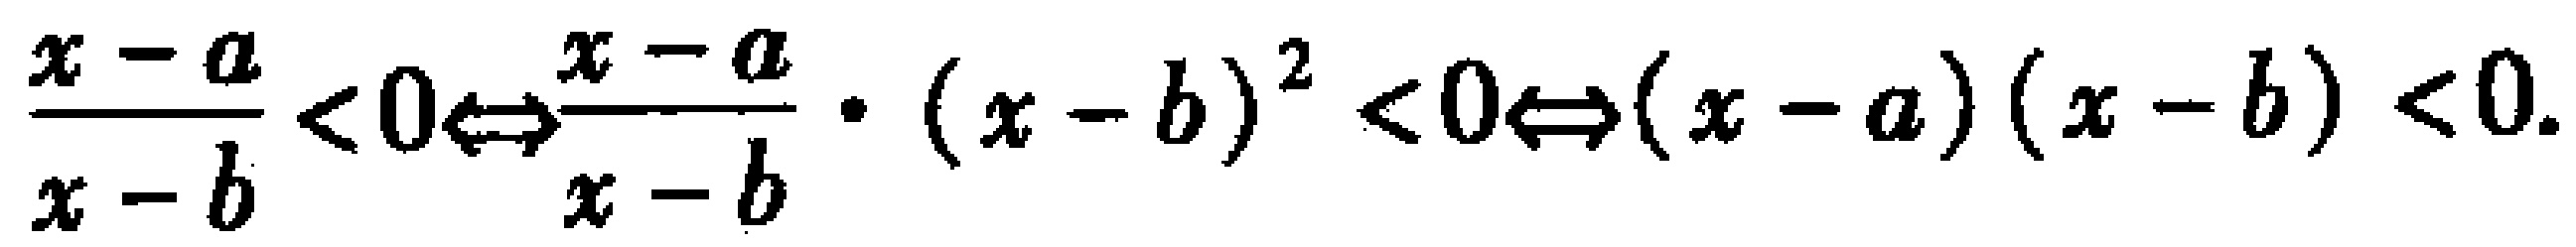
$\frac{x - a}{x - b} < 0\Leftrightarrow\frac{x - a}{x - b} \cdot (x - b)^2 < 0\Leftrightarrow(x - a)(x - b) < 0.$